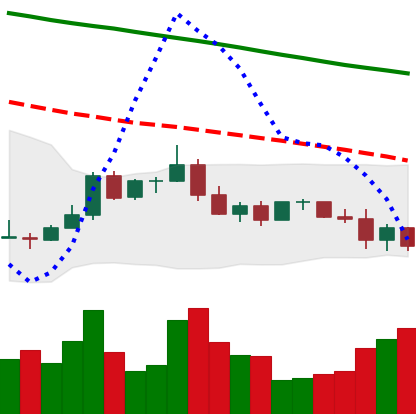
Ticker: ADA-USD
Chart end date: 2022-01-07
Forward return: 7.675%
Label: up_7plus